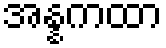
အန္နကထာ